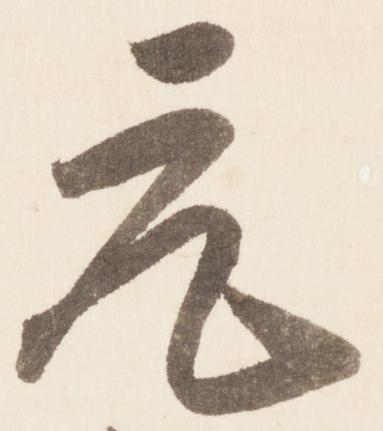
元